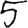
Digit: 5